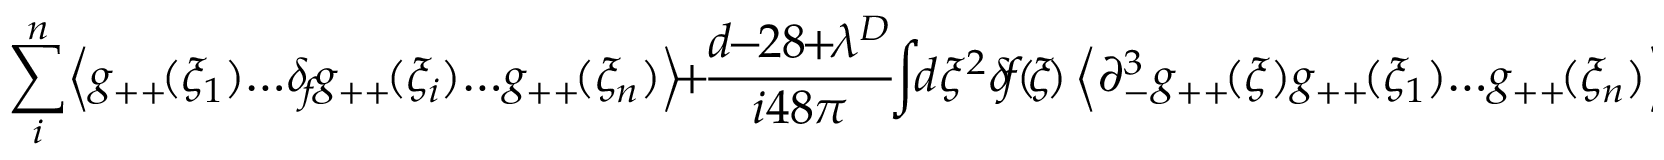
\sum _ { i } ^ { n } \! \left< g _ { + + } \! ( \xi _ { 1 } ) \! \dots \! \delta _ { \! f } \! g _ { + + } \! ( \xi _ { i } ) \! \dots \! g _ { + + } \! ( \xi _ { n } ) \right> \! + \! \frac { d \! \! - \! \! 2 8 \! \! + \! \! \lambda ^ { D } } { i 4 8 \pi } \! \! \int \! \! d \xi ^ { 2 } \! \, \delta \! f \! ( \! \xi \! ) \left< \partial _ { - } ^ { 3 } g _ { + + } \! ( \xi ) g _ { + + } \! ( \xi _ { 1 } ) \! \dots \! g _ { + + } \! ( \xi _ { n } ) \right> \! \! = \! \! 0 .